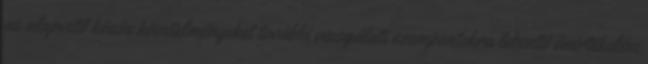
az alapvető közös követelményeket további vizsgálati szempontokra lebontó önértékelési